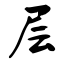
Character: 层